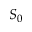
S _ { 0 }